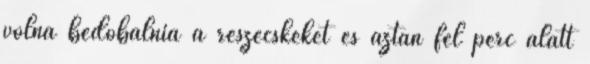
volna bedobálnia a részecskéket és aztán fél perc alatt